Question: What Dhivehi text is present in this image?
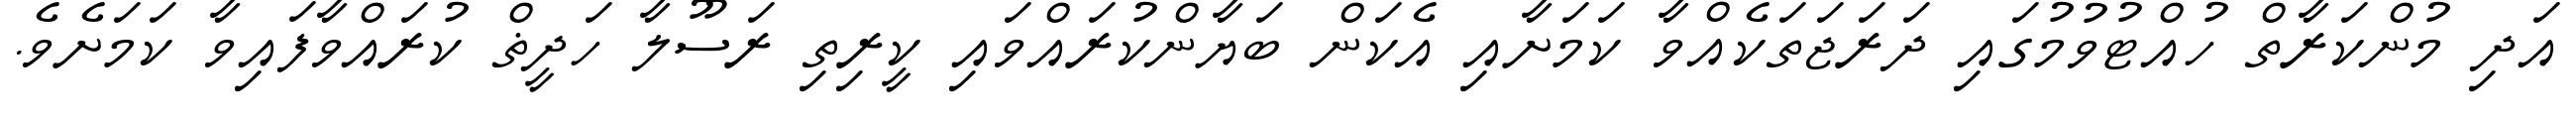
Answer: އަދި މުންކަރާތް ހުއްޓުވުމުގައި ދަރަޖަތަކެއްވާ ކަމަށާއި އެކަން ބަޔާންކުރައްވައި ކީރިތި ރަސޫލާ ހަދީޡް ކުރައްވާފައިވާ ކަމަށެވެ.